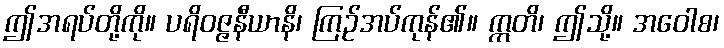
ဤအရပ်တို့ကို။ ပရိဝဇ္ဇနီယာနိ၊ ကြဉ်အပ်ကုန်၏။ ဣတိ၊ ဤသို့။ အဝေါစ၊